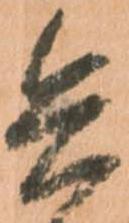
兵